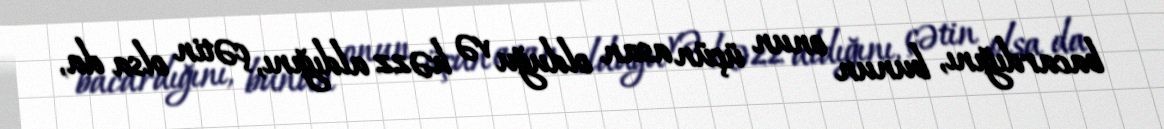
bacardığını, bunun onun üçün asan olduğu və həzz aldığını, çətin olsa da,